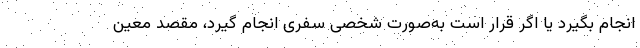
انجام بگیرد یا اگر قرار است به‌صورت شخصی سفری انجام گیرد، مقصد معین